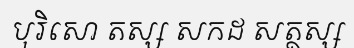
បុរិសោ តស្ស សកដ សត្ថស្ស